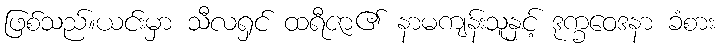
ဖြစ်သည်။ယင်းမှာ သီလရှင် ထရီဇာ၏ နာမကျန်းသူနှင့် ဒုက္ခဝေဒနာ ခံစား